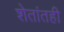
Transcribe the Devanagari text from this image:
शेतांतही